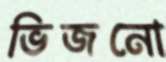
ভিজনো